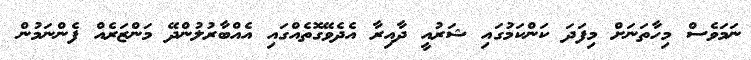
ނަމަވެސް މިހާތަނަށް މިފަދަ ކަންކަމުގައި ޝަރުއީ ދާއިރާ އެދެވޭގޮތެއްގައި އެއްބާރުލުންދޭ މަންޒަރެއް ފެންނަމުން